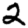
Digit: 2